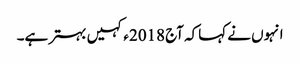
انہوں نے کہاکہ آج 2018ء کہیں بہتر ہے۔